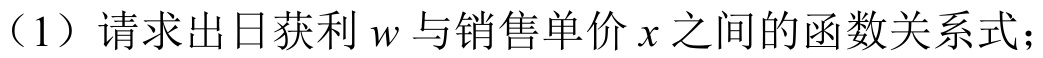
（1）请求出日获利\(w\)与销售单价\(x\)之间的函数关系式；